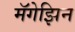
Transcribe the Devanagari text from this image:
मॅगेझिन